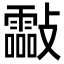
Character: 㪮